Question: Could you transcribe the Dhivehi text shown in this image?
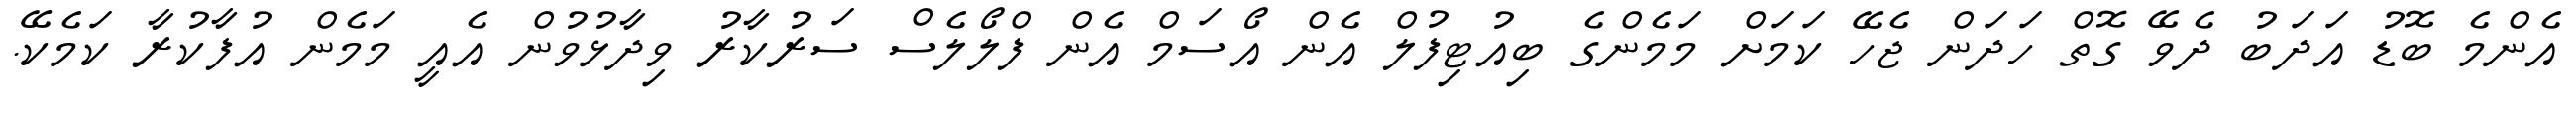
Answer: އެންމެ ބޮޑު އަދަބު ދެވޭ ގޮތް ހަދަން ޖެހޭ ކަމަށް މަމެންގެ ބިއުޓިފުލް އެން އޯސަމް އެން ފްލޯލެސް ސަރުކާރު ވިދާޅުވުން އެއީ މަމެން އުފާކުރާ ކަމެކޭ.